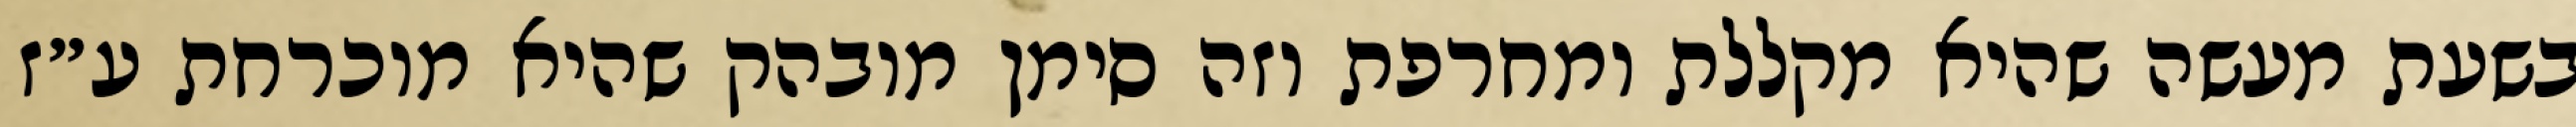
בשעת מעשה שהיא מקללת ומחרפת וזה סימן מובהק שהיא מוכרחת ע״ז